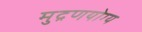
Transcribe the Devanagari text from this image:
मुद्रणयोग्य